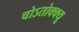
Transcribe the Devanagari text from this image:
चोऽतोक्क्यू